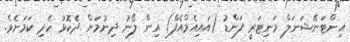
އިންޓަނޭޝަނަލް މަނިޓަރީ ފަންޑު (އައިއެމްއެފް) އިން ލޯނު ދިނުމަށް ދެކޮޅު ހެދި ކަމަށެވެ.